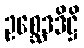
ဥစ္ဆေဒဒိဋ္ဌိ